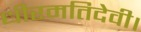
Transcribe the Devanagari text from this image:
धीरमतिदेवी।